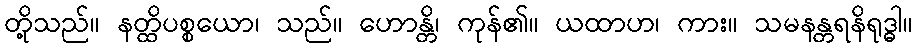
တို့သည်။ နတ္ထိပစ္စယော၊ သည်။ ဟောန္တိ၊ ကုန်၏။ ယထာဟ၊ ကား။ သမနန္တရနိရုဒ္ဓါ။